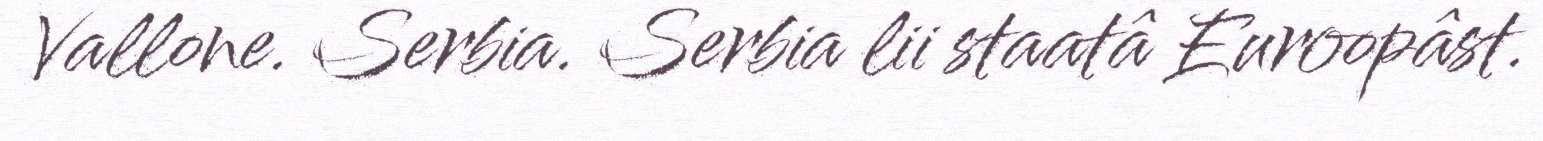
Vallone. Serbia. Serbia lii staatâ Euroopâst.